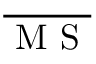
\overline { { \mathrm { ~ M ~ S ~ } } }